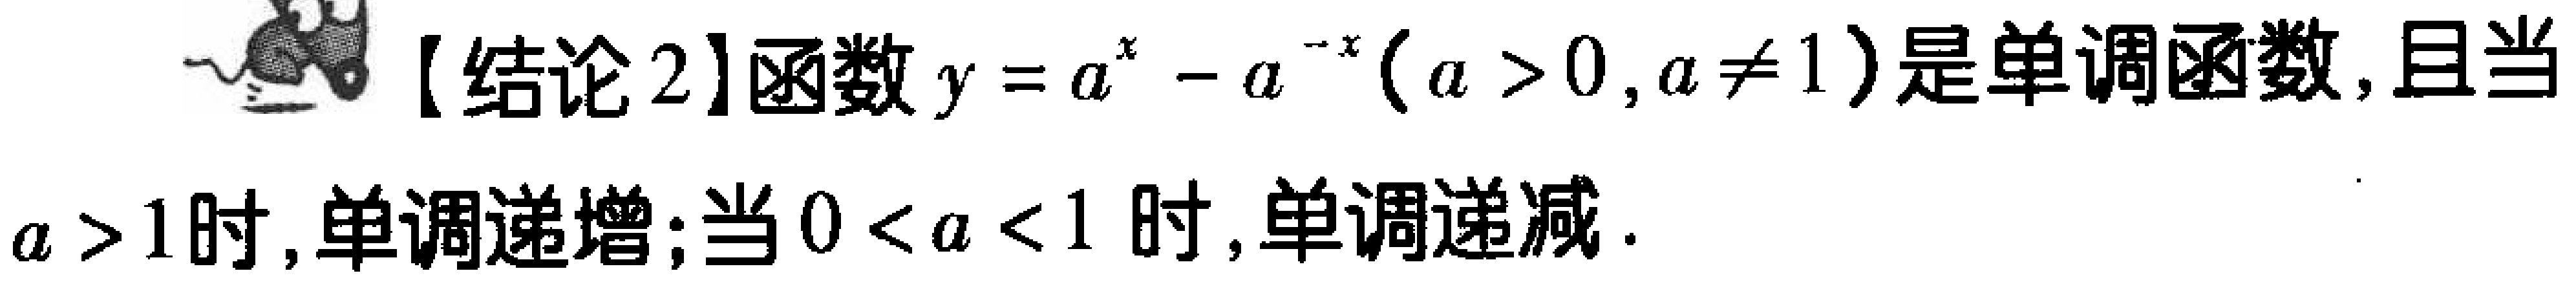
【结论2】函数\(y = a^{x}-a^{-x}(a > 0,a\neq1)\)是单调函数,且当\(a > 1\)时,单调递增;当\(0 < a < 1\)时,单调递减.